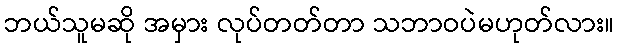
ဘယ်သူမဆို အမှား လုပ်တတ်တာ သဘာဝပဲမဟုတ်လား။